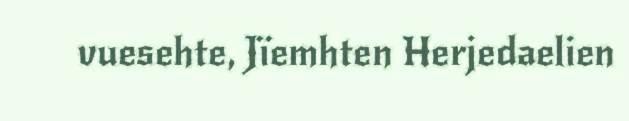
vuesehte, Jïemhten Herjedaelien